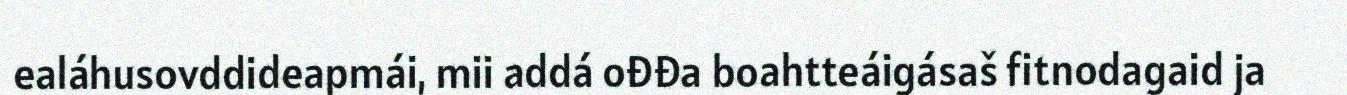
ealáhusovddideapmái, mii addá ođđa boahtteáigásaš fitnodagaid ja